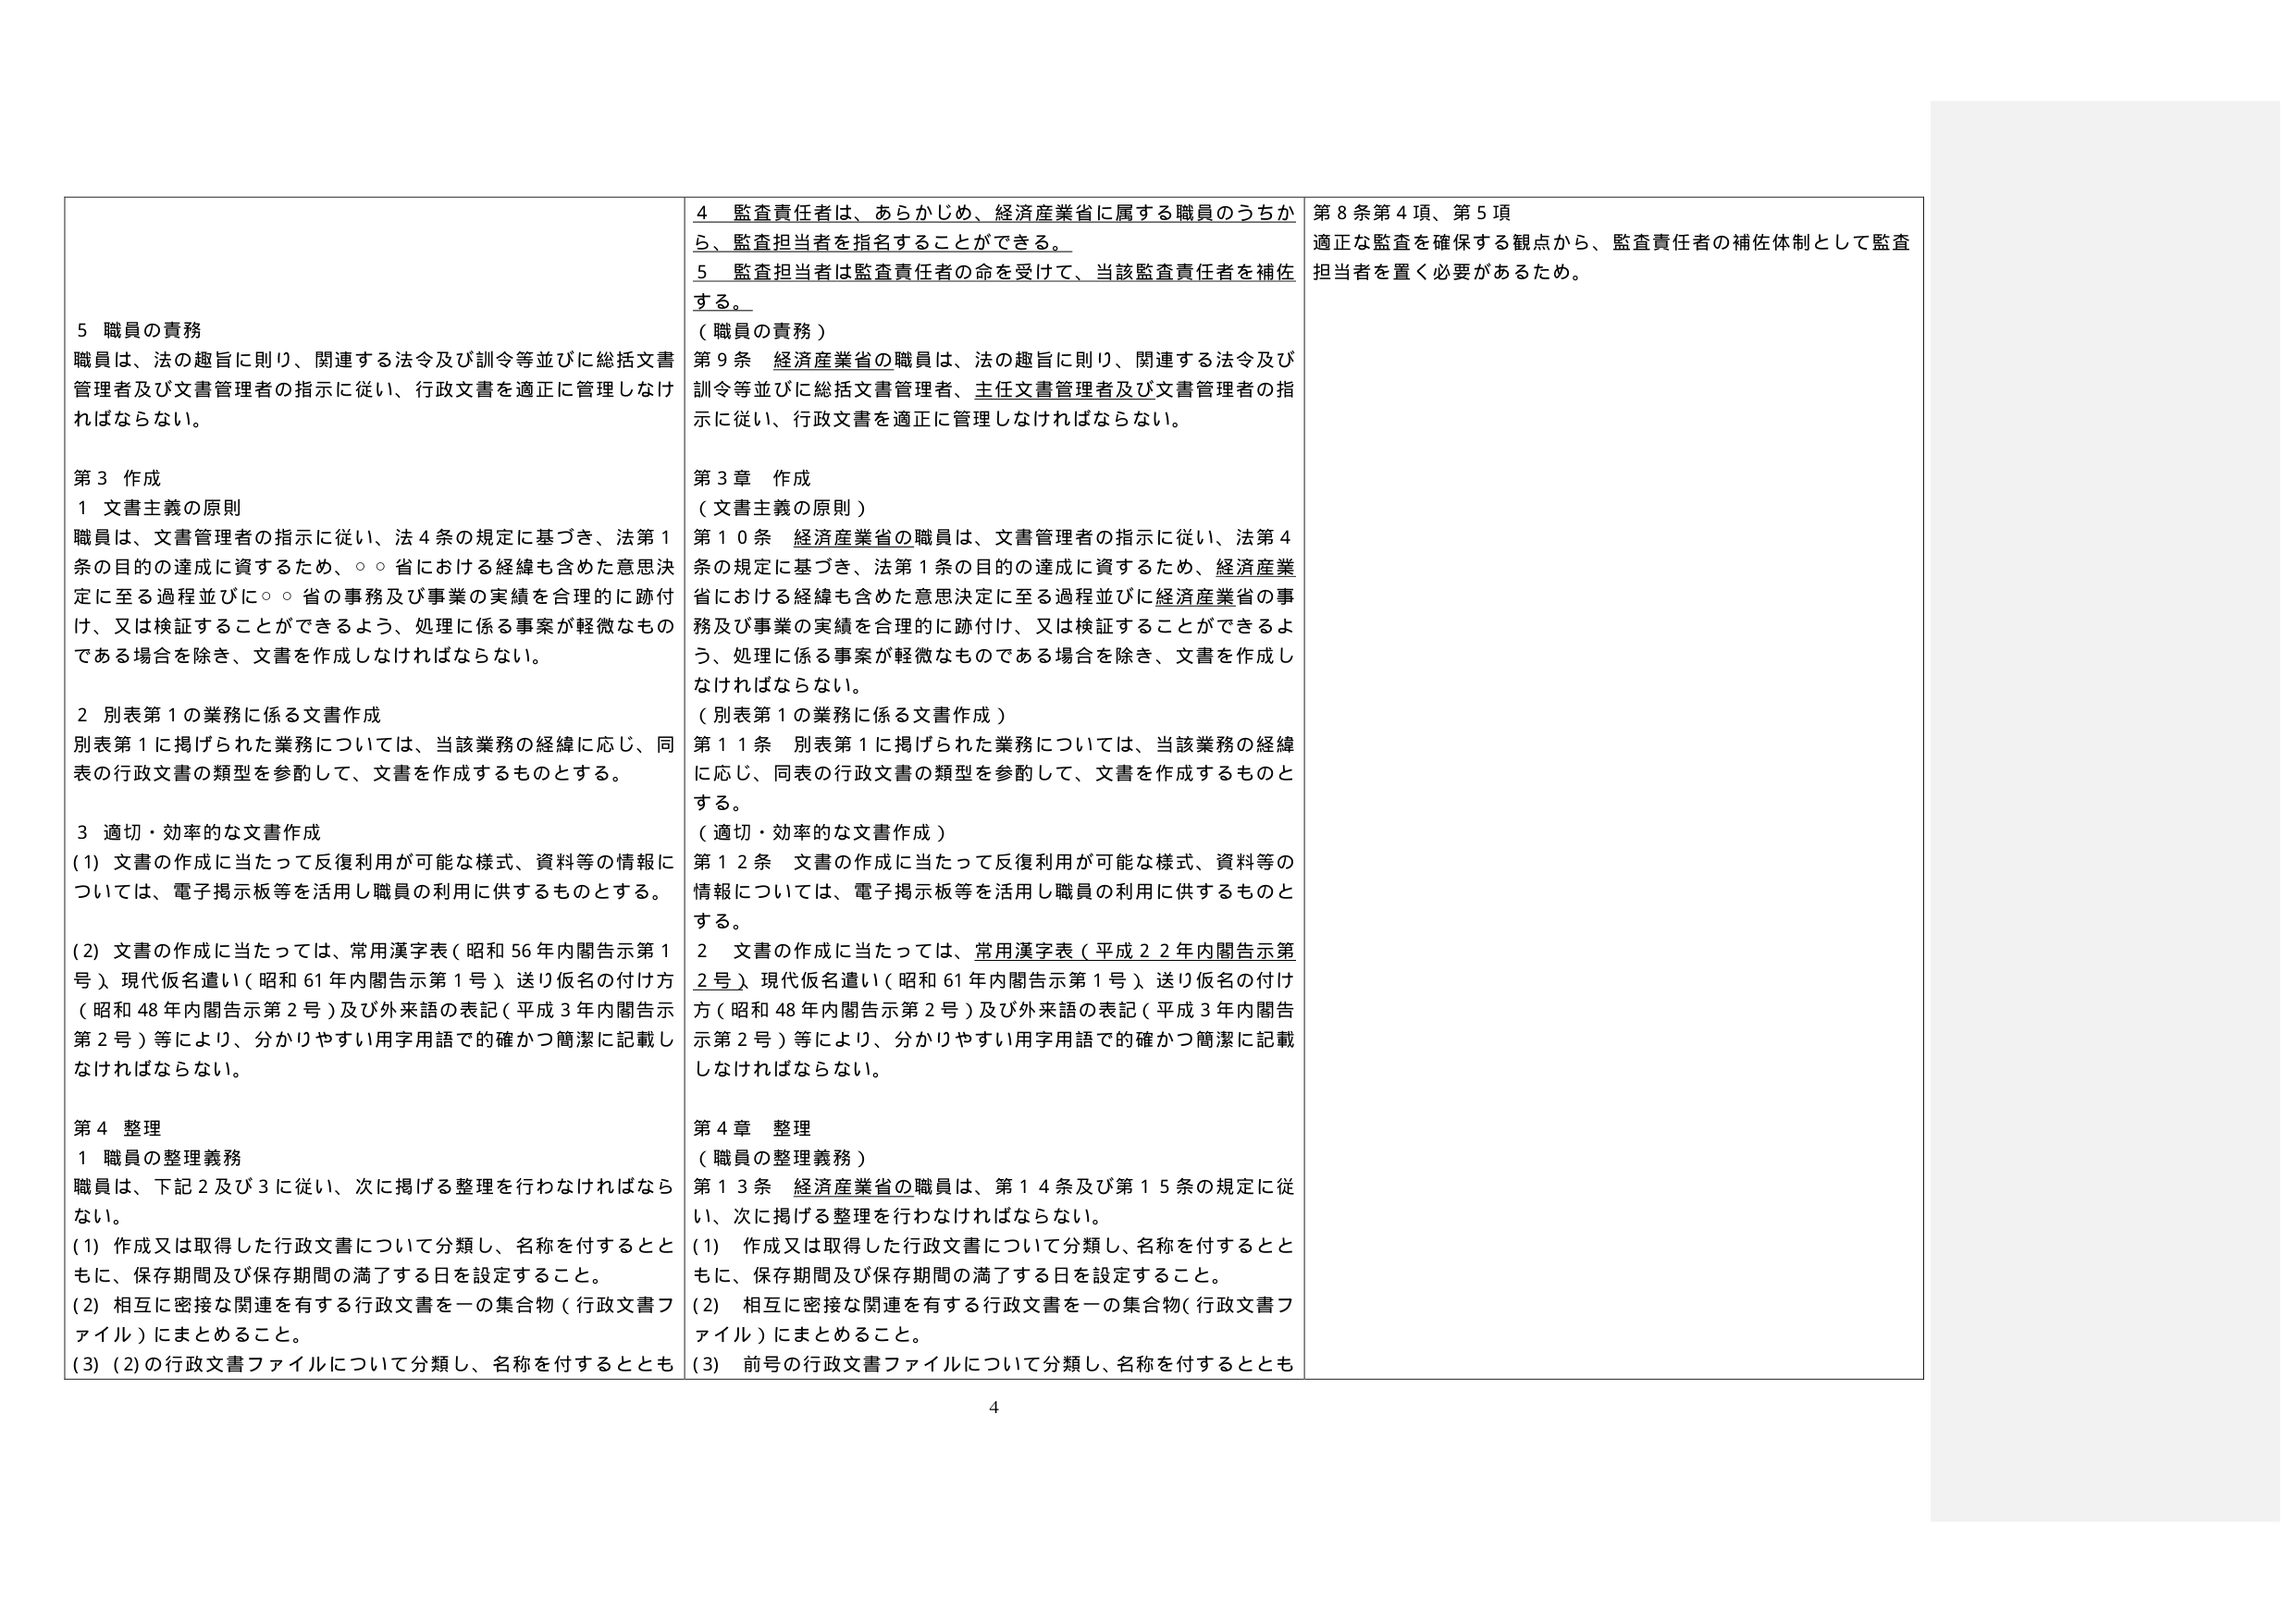
5 職員の責務
職員は、法の趣旨に則り、関連する法令及び訓令等並びに総括文書管理者及び文書管理者の指示に従い、行政文書を適正に管理しなければならない。

第3 作成
1 文書主義の原則
職員は、文書管理者の指示に従い、法4条の規定に基づき、法第1条の目的の達成に資するため、○○省における経緯も含めた意思決定に至る過程並びに○○省の事務及び事業の実績を合理的に跡付け、又は検証することができるよう、処理に係る事案が軽微なものである場合を除き、文書を作成しなければならない。

2 別表第1の業務に係る文書作成
別表第1に掲げられた業務については、当該業務の経緯に応じ、同表の行政文書の類型を参酌して、文書を作成するものとする。

3 適切・効率的な文書作成
(1) 文書の作成に当たって反復利用が可能な様式、資料等の情報については、電子掲示板等を活用し職員の利用に供するものとする。
(2) 文書の作成に当たっては、常用漢字表（昭和56年内閣告示第1号）、現代仮名遣い（昭和61年内閣告示第1号）、送り仮名の付け方（昭和48年内閣告示第2号）及び外来語の表記（平成3年内閣告示第2号）等により、分かりやすい用字用語で的確かつ簡潔に記載しなければならない。

第4 整理
1 職員の整理義務
職員は、下記2及び3に従い、次に掲げる整理を行わなければならない。
(1) 作成又は取得した行政文書について分類し、名称を付するとともに、保存期間及び保存期間の満了する日を設定すること。
(2) 相互に密接な関連を有する行政文書を一の集合物（行政文書ファイル）にまとめるこ と。
(3) (2)の行政文書ファイルについて分類し、名称を付するととも

4 監査責任者は、あらかじめ、経済産業省に属する職員のうちから、監査担当者を指名することができる。
5 監査担当者は監査責任者の命を受けて、当該監査責任者を補佐する。
（職員の責務）
第9条 経済産業省の職員は、法の趣旨に則り、関連する法令及び訓令等並びに総括文書管理者、主任文書管理者及び文書管理者の指示に従い、行政文書を適正に管理しなければならない。

第3章 作成
（文書主義の原則）
第10条 経済産業省の職員は、文書管理者の指示に従い、法第4条の規定に基づき、法第1条の目的の達成に資するため、経済産業省における経緯も含めた意思決定に至る過程並びに経済産業省の事務及び事業の実績を合理的に跡付け、又は検証することができるよう、処理に係る事案が軽微なものである場合を除き、文書を作成しなければならない。
（別表第1の業務に係る文書作成）
第11条 別表第1に掲げられた業務については、当該業務の経緯に応じ、同表の行政文書の類型を参酌して、文書を作成するものとする。
（適切・効率的な文書作成）
第12条 文書の作成に当たって反復利用が可能な様式、資料等の情報については、電子掲示板等を活用し職員の利用に供するものとする。
2 文書の作成に当たっては、常用漢字表（平成22年内閣告示第2号）、現代仮名遣い（昭和61年内閣告示第1号）、送り仮名の付け方（昭和48年内閣告示第2号）及び外来語の表記（平成3年内閣告示第2号）等により、分かりやすい用字用語で的確かつ簡潔に記載しなければならない。

第4章 整理
（職員の整理義務）
第13条 経済産業省の職員は、第14条及び第15条の規定に従い、次に掲げる整理を行わなければならない。
(1) 作成又は取得した行政文書について分類し、名称を付するとともに、保存期間及び保存期間の満了する日を設定すること。
(2) 相互に密接な関連を有する行政文書を一の集合物（行政文書ファイル）にまとめるこ と。
(3) 前号の行政文書ファイルについて分類し、名称を付するととも

第8条第4項、第5項
適正な監査を確保する観点から、監査責任者の補佐体制として監査担当者を置く必要があるため。

4